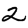
Digit: 2